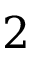
2